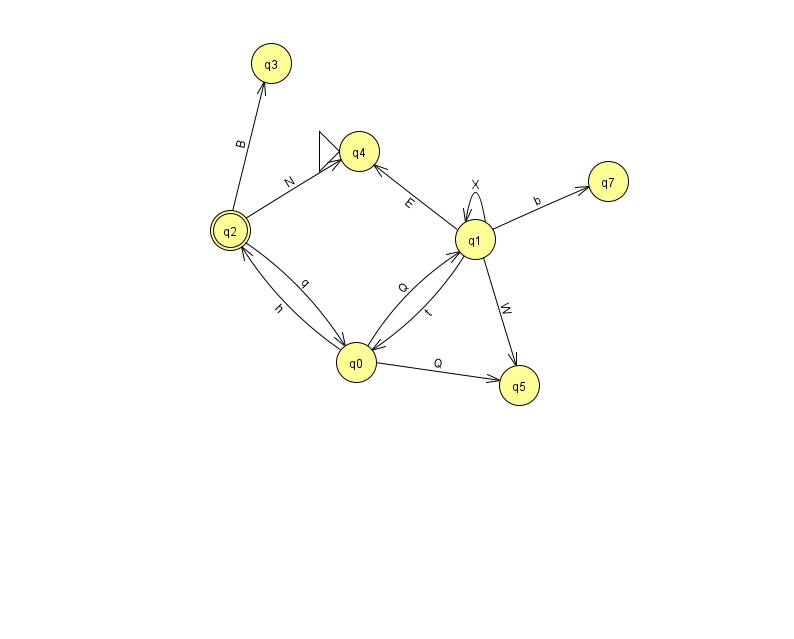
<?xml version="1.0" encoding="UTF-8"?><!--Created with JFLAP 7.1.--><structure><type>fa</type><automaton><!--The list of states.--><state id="0" name="q0"><x>356.0</x><y>349.0</y></state><state id="1" name="q1"><x>475.0</x><y>226.0</y></state><state id="2" name="q2"><x>230.0</x><y>217.0</y><final/></state><state id="3" name="q3"><x>271.0</x><y>50.0</y></state><state id="4" name="q4"><x>359.0</x><y>138.0</y><initial/></state><state id="5" name="q5"><x>519.0</x><y>372.0</y></state><state id="7" name="q7"><x>608.0</x><y>168.0</y></state><!--The list of transitions.--><transition><from>1</from><to>5</to><read>W</read></transition><transition><from>0</from><to>5</to><read>Q</read></transition><transition><from>1</from><to>0</to><read>t</read></transition><transition><from>0</from><to>2</to><read>h</read></transition><transition><from>2</from><to>3</to><read>B</read></transition><transition><from>0</from><to>1</to><read>Q</read></transition><transition><from>1</from><to>1</to><read>X</read></transition><transition><from>1</from><to>4</to><read>E</read></transition><transition><from>2</from><to>4</to><read>N</read></transition><transition><from>2</from><to>0</to><read>q</read></transition><transition><from>1</from><to>7</to><read>b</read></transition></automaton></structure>